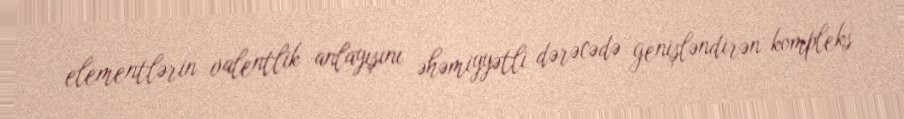
elementlərin valentlik anlayışını əhəmiyyətli dərəcədə genişləndirən kompleks